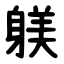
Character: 躾